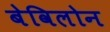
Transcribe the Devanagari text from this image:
बेविलोन